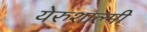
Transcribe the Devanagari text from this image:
येरुशाल्मी